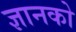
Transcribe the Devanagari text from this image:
ज्ञानको